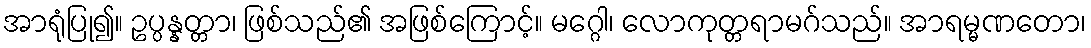
အာရုံပြု၍။ ဥပ္ပန္နတ္တာ၊ ဖြစ်သည်၏ အဖြစ်ကြောင့်။ မဂ္ဂေါ၊ လောကုတ္တရာမဂ်သည်။ အာရမ္မဏတော၊